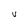
Character: V